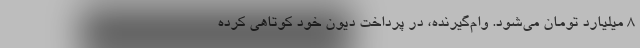
۸ میلیارد تومان می‌شود. وام‌گیرنده، در پرداخت دیون خود کوتاهی کرده